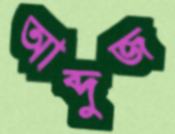
আব্দুজ